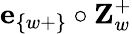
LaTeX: \textbf{e}_{\{ w+\} }\circ\textbf{Z}_{w}^{+}